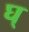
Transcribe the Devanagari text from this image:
घ्‌